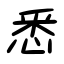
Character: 悉